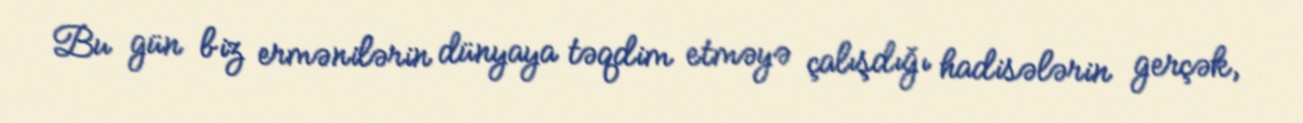
Bu gün biz ermənilərin dünyaya təqdim etməyə çalışdığı hadisələrin gerçək,